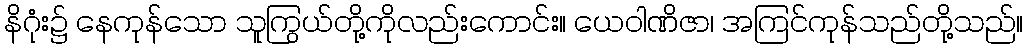
နိဂုံး၌ နေကုန်သော သူကြွယ်တို့ကိုလည်းကောင်း။ ယေဝါဏိဇာ၊ အကြင်ကုန်သည်တို့သည်။